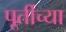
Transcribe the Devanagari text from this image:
पूर्तीच्या